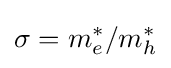
\sigma ={m_{e}^{*}}/{m_{h}^{*}}